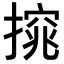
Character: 𢳙